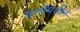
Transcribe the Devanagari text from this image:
वर्गांमधील